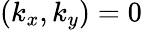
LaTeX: (k_{x},k_{y})=0